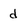
Character: d